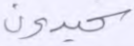
كيدون